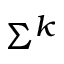
\Sigma ^ { k }